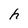
Character: h